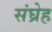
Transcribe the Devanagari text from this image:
संघ्रेह